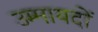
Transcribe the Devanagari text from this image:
उम्मायदों